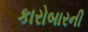
કારોબારની